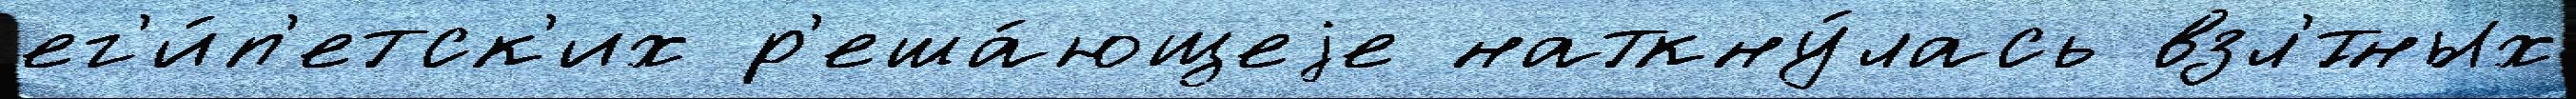
ег'и́п'етск'их р'еша́ющеjе наткну́лась взл'́тных